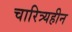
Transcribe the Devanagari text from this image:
चारित्र्यहीन